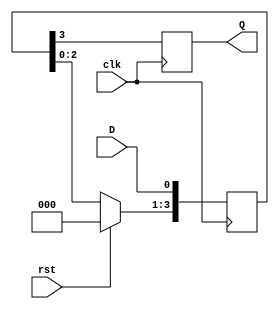
`timescale 1ns / 1ps
//////////////////////////////////////////////////////////////////////////////////
// Company: 
// Engineer: 
// 
// Design Name: 
// Module Name: siso_using_shift_operator
// Project Name: 
// Target Devices: 
// Tool Versions: 
// Description: 
// 
// Dependencies: 
// 
// Revision:
// Revision 0.01 - File Created
// Additional Comments:
// 
//////////////////////////////////////////////////////////////////////////////////


module siso_using_shift_operator(input clk,
  input D,
  input rst,
  output reg Q
);
  reg [3:0]data;  
  always @(posedge clk) begin
    if(rst==1)
      data<=4'b0000;  
    else
    data<=data<<1;
    data[0]<=D;
    Q<=data[3];   
  end
endmodule